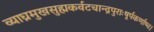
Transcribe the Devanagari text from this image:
व्याघ्रमुखसुह्मकर्वटचान्द्रपुराःषूर्पकर्णाष्च।